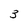
Character: 3